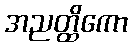
အညတ္ထိကော